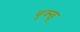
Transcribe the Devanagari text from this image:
चुक्खू